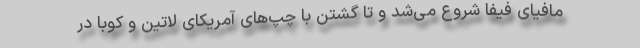
مافیای فیفا شروع می‌شد و تا گشتن با چپ‌های آمریکای لاتین و کوبا در